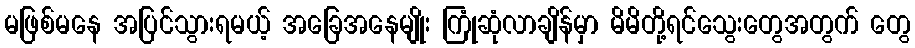
မဖြစ်မနေ အပြင်သွားရမယ့် အခြေအနေမျိုး ကြုံဆုံလာချိန်မှာ မိမိတို့ရင်သွေးတွေအတွက် တွေ